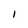
Character: 1